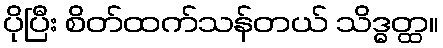
ပိုပြီး စိတ်ထက်သန်တယ် သိဒ္ဓတ္ထ။